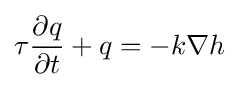
\tau {\frac {\partial q}{\partial t}}+q=-k\nabla h